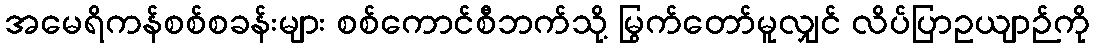
အမေရိကန်စစ်စခန်းများ စစ်ကောင်စီဘက်သို့ မြွက်တော်မူလျှင် လိပ်ပြာဥယျာဉ်ကို